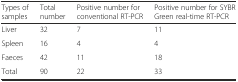
<table><thead><tr><td><b>Types of samples</b></td><td><b>Total number</b></td><td><b>Positive number for conventional RT-PCR</b></td><td><b>Positive number for SYBR Green real-time RT-PCR</b></td></tr></thead><tbody><tr><td>Liver</td><td>32</td><td>7</td><td>11</td></tr><tr><td>Spleen</td><td>16</td><td>4</td><td>4</td></tr><tr><td>Faeces</td><td>42</td><td>11</td><td>18</td></tr><tr><td>Total</td><td>90</td><td>22</td><td>33</td></tr></tbody></table>